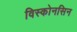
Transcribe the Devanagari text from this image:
विस्कोनसिन